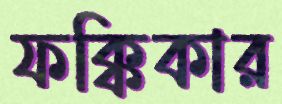
ফক্কিকার